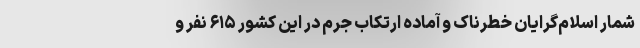
شمار اسلام‌گرایان خطرناک و آماده ارتکاب جرم در این کشور ۶۱۵ نفر و